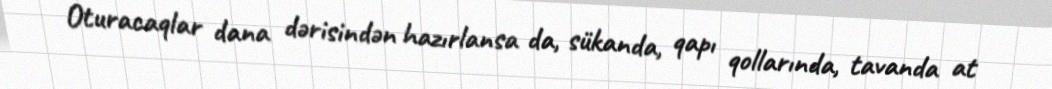
Oturacaqlar dana dərisindən hazırlansa da, sükanda, qapı qollarında, tavanda at